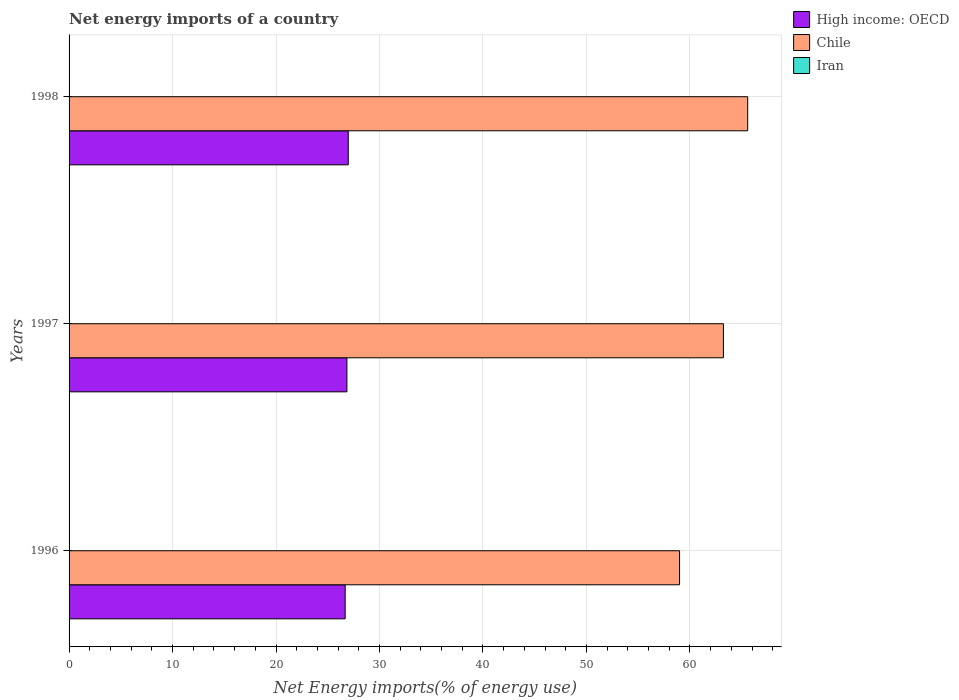
| Years | High income: OECD | Chile | Iran |
 | --- | --- | --- | --- |
 | 1996 | 26.7 | 59 | -141 |
 | 1997 | 26.9 | 63.2 | -118 |
 | 1998 | 27 | 65.6 | -117 |